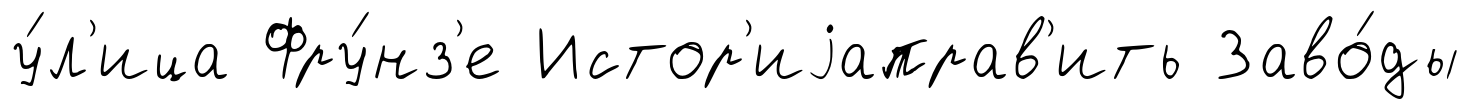
у́л'ица Фру́нз'е Истор'иjаправ'ить Заво́ды